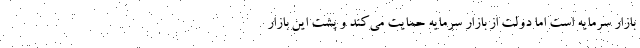
بازار سرمایه است اما دولت از بازار سرمایه حمایت می‌کند و پشت این بازار